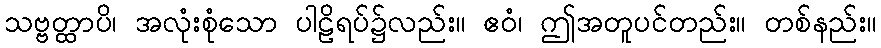
သဗ္ဗတ္ထာပိ၊ အလုံးစုံသော ပါဠိရပ်၌လည်း။ ဧဝံ၊ ဤအတူပင်တည်း။ တစ်နည်း။